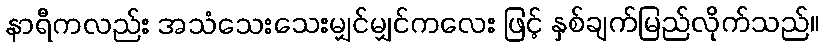
နာရီကလည်း အသံသေးသေးမျှင်မျှင်ကလေး ဖြင့် နှစ်ချက်မြည်လိုက်သည်။